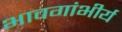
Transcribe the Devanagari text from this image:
भावगांभीर्य